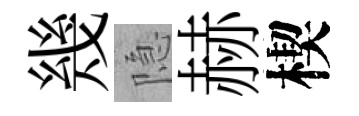
幾隐赫楔